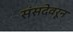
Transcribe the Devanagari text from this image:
संसदेवरून